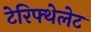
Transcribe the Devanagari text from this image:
टेरिफ्थेलेट